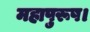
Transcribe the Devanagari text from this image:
महापुरूष।